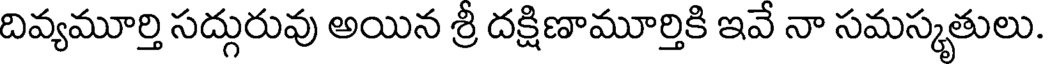
దివ్యమూర్తి సద్గురువు అయిన శ్రీ దక్షిణామూర్తికి ఇవే నా సమస్కృతులు.